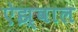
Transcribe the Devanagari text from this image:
ऐझ्वाल